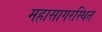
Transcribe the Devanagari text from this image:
महासागरस्थित